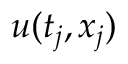
u ( t _ { j } , x _ { j } )